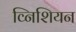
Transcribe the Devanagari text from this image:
व्निशियन